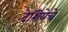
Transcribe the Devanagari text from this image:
देशियेचें